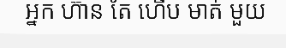
អ្នក ហ៊ាន តែ ហើប មាត់ មួយ